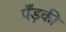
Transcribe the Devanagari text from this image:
पँड़की